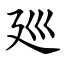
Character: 廵